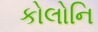
કોલોનિ